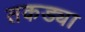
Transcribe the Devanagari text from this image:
तकड्या